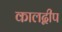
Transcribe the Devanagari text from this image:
कालद्वीप